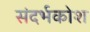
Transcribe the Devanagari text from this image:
संदर्भकोश